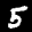
Label: 5